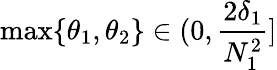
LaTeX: \operatorname*{max}\{ \theta_{1},\theta_{2}\} \in(0,\frac{2\delta_{1}}{N_{1}^{2}}]